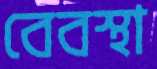
বেবস্থা